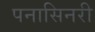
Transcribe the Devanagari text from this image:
पनासिनरी